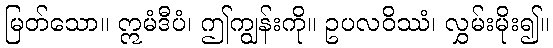
မြတ်သော။ ဣမံဒီပံ၊ ဤကျွန်းကို။ ဥပလဝိဿံ၊ လွှမ်းမိုး၍။